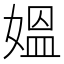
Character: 媼